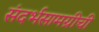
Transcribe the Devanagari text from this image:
संदर्भसामग्रीची